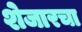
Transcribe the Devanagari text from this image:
शेजारचा